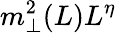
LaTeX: m_{\perp}^{2}(L)L^{\eta}